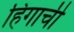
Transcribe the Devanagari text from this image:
हिंगाची